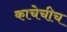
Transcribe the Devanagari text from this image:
काचेचीच